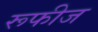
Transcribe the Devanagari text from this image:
रूफीज